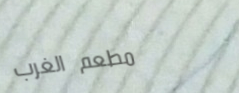
مطعم الغرب